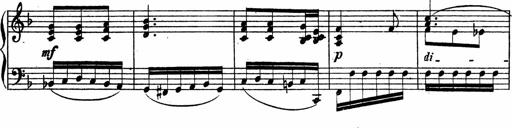
Title: Piano Sonata
Composer: Karl HÃ¤ssler
Key: C major